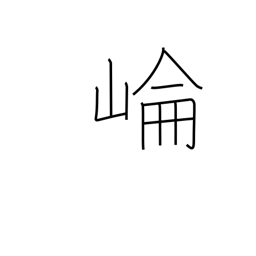
Meaning: Kunlun mountains in Jiangsu